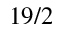
1 9 / 2